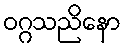
ဝဂ္ဂသညိနော